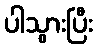
ပါသွားပြီး